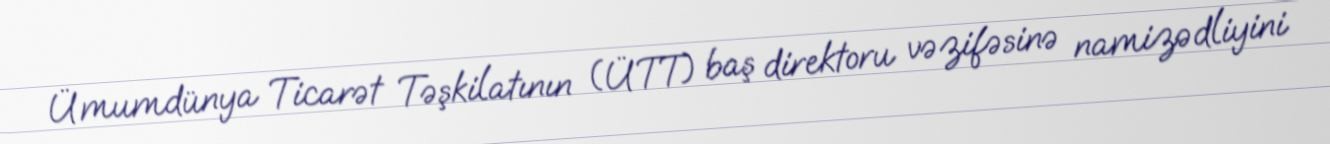
Ümumdünya Ticarət Təşkilatının (ÜTT) baş direktoru vəzifəsinə namizədliyini